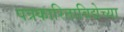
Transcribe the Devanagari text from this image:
पत्रकारिताविद्येच्या